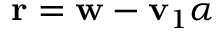
\mathbf { r } = \mathbf { w } - \mathbf { v } _ { 1 } \alpha